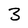
Character: 3